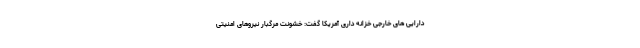
دارایی های خارجی خزانه داری آمریکا گفت: خشونت مرگبار نیروهای امنیتی